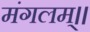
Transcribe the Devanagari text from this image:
मंगलम्।।